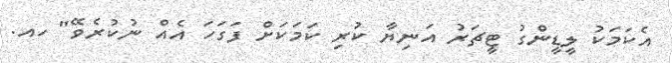
އެކަމަކު ލީޑީންގު ޓީޗަރު އަނިޔާ ކުރި ކަމަކަށް ފަގަހަ އެއް ނުކުރެވޭ" ހއ.